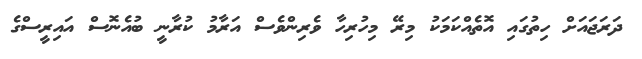
ދަރަޖައަށް ހިތުގައި އޮތެއްކަމަކު މިރޭ މިހުރިހާ ވެރިންވެސް އަރާމު ކުރާނީ ބުއެނޮސް އައިރީސްގެ